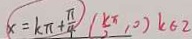
x = k \pi + \frac { \pi } { 4 } ( \frac { k \pi } { 2 } , 0 ) k \in z